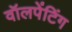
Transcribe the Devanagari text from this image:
वॉलपेंटिंग